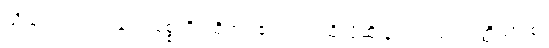
သိခြင်းဟူ၍လည်း။ ဝုစ္စတိ၊ ဆိုအပ်၏။ တံ၊ ထိုသို့ဆိုခြင်းသည်။ ရတ္တိယာ စ၊